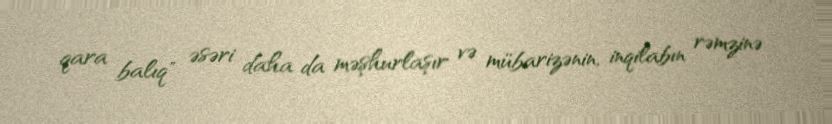
qara balıq" əsəri daha da məşhurlaşır və mübarizənin, inqilabın rəmzinə